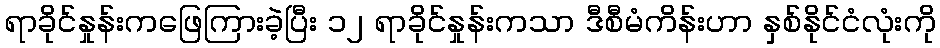
ရာခိုင်နှုန်းကဖြေကြားခဲ့ပြီး ၁၂ ရာခိုင်နှုန်းကသာ ဒီစီမံကိန်းဟာ နှစ်နိုင်ငံလုံးကို